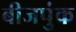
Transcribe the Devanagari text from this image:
बीजपुंक